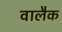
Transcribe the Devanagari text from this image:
वालैक